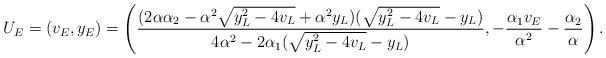
LaTeX: \begin{align*}U_E=(v_E,y_E)=\left(\frac{(2\alpha \alpha_2-\alpha^2\sqrt{y_L^2-4v_L}+\alpha^2 y_L)(\sqrt{y_L^2-4v_L}-y_L)}{4\alpha^2-2\alpha_1(\sqrt{y_L^2-4v_L}-y_L)}, -\frac{\alpha_1 v_E}{\alpha^2}-\frac{\alpha_2}{\alpha} \right).\end{align*}